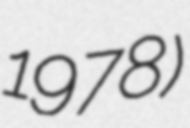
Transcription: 1978)